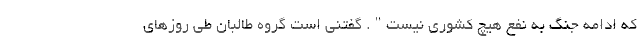
که ادامه جنگ به نفع هیچ کشوری نیست". گفتنی است گروه طالبان طی روز‌های